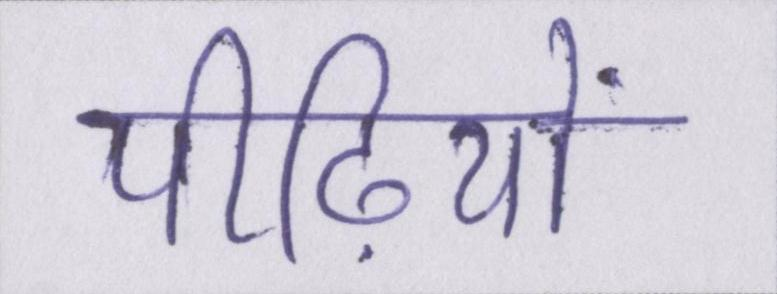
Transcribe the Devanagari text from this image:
पीढ़ियों